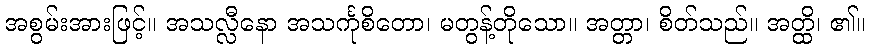
အစွမ်းအားဖြင့်။ အသလ္လီနော အသင်္ကုစိတော၊ မတွန့်တိုသော။ အတ္တာ၊ စိတ်သည်။ အတ္ထိ၊ ၏။